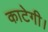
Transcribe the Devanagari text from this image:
काटेगी।